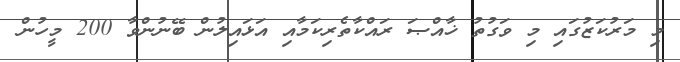
މި މަރުކަޒުގައި މި ވަގުތު ޚާއްޞަ ރައްކާތެރިކަމާއި އަޅައިލުން ބޭނުންވާ 200 މީހުން